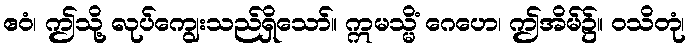
ဧဝံ၊ ဤသို့ လုပ်ကျွေးသည်ရှိသော်။ ဣမသ္မိံ ဂေဟေ၊ ဤအိမ်၌။ ဝသိတုံ၊